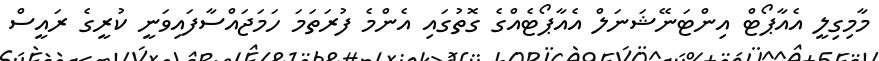
މާމިގިލީ އެއާޕޯޓް އިންޓަނޭޝަނަލް އެއާޕޯޓެއްގެ ގޮތުގައި އެންމެ ފުރަތަމަ ހަމަޖައްސާފައިވަނީ ކުރީގެ ރައީސް